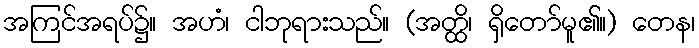
အကြင်အရပ်၌။ အဟံ၊ ငါဘုရားသည်။ (အတ္ထိ၊ ရှိတော်မူ၏။) တေန၊